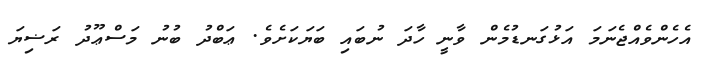
އެހެންވެއްޖެނަމަ އަޅުގަނޑުމެން ވާނީ ހާދަ ނުބައި ބަޔަކަށެވެ. ޢަބްދު ބުނު މަސްޢޫދު ރަޟިޔަ